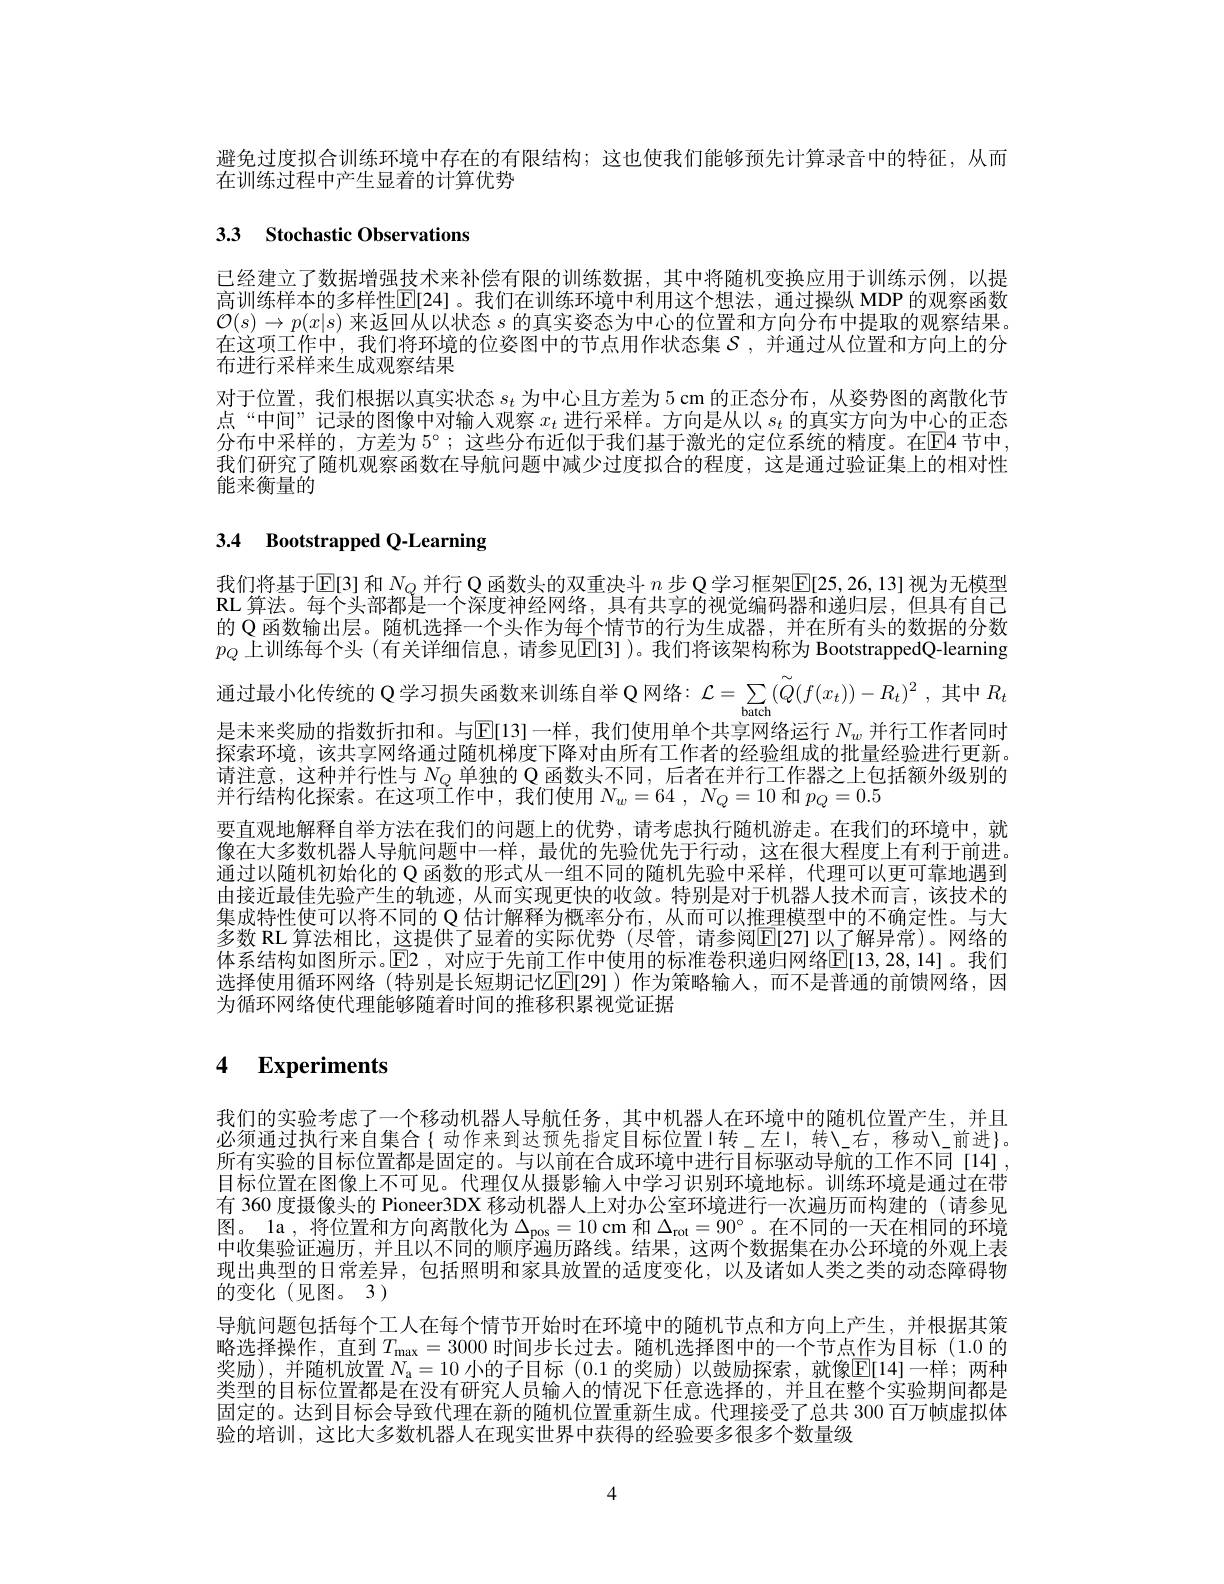
避免过度拟合训练环境中存在的有限结构；这也使我们能够预先计算录音中的特征，从而
在训练过程中产生显着的计算优势

# 3.3 Stochastic Observations

已经建立了数据增强技术来补偿有限的训练数据，其中将随机变换应用于训练示例，以提高训练样本的多样性$\mathbb{E}[24]$。我们在训练环境中利用这个想法，通过操纵 MDP 的观察函数$\mathcal{O}(s)\to p(x|s)$来返回从以状态$s$的真实姿态为中心的位置和方向分布中提取的观察结果。在这项工作中，我们将环境的位姿图中的节点用作状态集$\mathcal{S}$ ,并通过从位置和方向上的分布进行采样来生成观察结果
对于位置，我们根据以真实状态$s_t$为中心且方差为 5 cm 的正态分布，从姿势图的离散化节点“中间”记录的图像中对输人观察$x_t$进行采样。方向是从以$s_t$的真实方向为中心的正态分布中采样的，方差为 $5^\circ;$ 这些分布近似于我们基于激光的定位系统的精度。在$\overline{\mathrm{E}}$4 节中， 我们研究了随机观察函数在导航问题中减少过度拟合的程度，这是通过验证集上的相对性能来衡量的

# 3.4 Bootstrapped Q-Learning

我们将基于$\overline{\mathrm{E}}[3]$和$N_Q$并行 Q 函数头的双重决斗$n$步 Q 学习框架$\overline{\mathrm{E}}[25,26,13]$视为无模型RL 算法。每个头部都是一个深度神经网络，具有共享的视觉编码器和递归层，但具有自己的 Q 函数输出层。随机选择一个头作为每个情节的行为生成器，并在所有头的数据的分数$p_Q$ 上训练每个头 (有关详细信息，请参见$\mathbb{E}[3]$ )。我们将该架构称为 BootstrappedQ-learning 通过最小化传统的 Q学习损失函数来训练自举$\mathcal{Q}$网络：$\mathcal{L} = \sum _\text{balch}( \tilde{Q} ( f( x_t) ) - R_t) ^2$,其中$R_t$ 是未来奖励的指数折扣和。与$\overline{\mathbb{E}}[13]$一样，我们使用单个共享网络运行 $N_w$ 并行工作者同时探索环境，该共享网络通过随机梯度下降对由所有工作者的经验组成的批量经验进行更新。请注意，这种并行性与$N_Q$单独的 Q 函数头不同，后者在并行工作器之上包括额外级别的并行结构化探索。在这项工作中，我们使用$N_w=64,N_Q=10$ 和$p_Q=0.5$
要直观地解释自举方法在我们的问题上的优势，请考虑执行随机游走。在我们的环境中，就像在大多数机器人导航问题中一样，最优的先验优先于行动，这在很大程度上有利于前进。通过以随机初始化的 Q 函数的形式从一组不同的随机先验中采样，代理可以更可靠地遇到由接近最佳先验产生的轨迹，从而实现更快的收敛。特别是对于机器人技术而言，该技术的集成特性使可以将不同的 Q 估计解释为概率分布，从而可以推理模型中的不确定性。与大多数 RL 算法相比，这提供了显着的实际优势 (尽管，请参阅[E[27]以了解异常)。网络的体系结构如图所示。$\mathbb{E}$2,对应于先前工作中使用的标准卷积递归网络$\mathbb{E}[13,28,14]$。我们选择使用循环网络(特别是长短期记忆$\underline{\mathrm{E}}[29]$)作为策略输人，而不是普通的前馈网络，因为循环网络使代理能够随着时间的推移积累视觉证据

# 4 $\textbf{Experiments}$

我们的实验考虑了一个移动机器人导航任务，其中机器人在环境中的随机位置产生，并且必须通过执行来自集合{ 动作来到达预先指定目标位置I转\_左I，转\c{c}右，移动\c{c}前进}。所有实验的目标位置都是固定的。与以前在合成环境中进行目标驱动导航的工作不同[14], 目标位置在图像上不可见。代理仅从摄影输人中学习识别环境地标。训练环境是通过在带有 360 度摄像头的 Pioneer3DX 移动机器人上对办公室环境进行一次遍历而构建的 (请参见图。la ,将位置和方向离散化为$\Delta_{\mathrm{pos}}=10$ cm 和$\Delta_{\mathrm{rot}}=90^{\circ}$ 。在不同的一天在相同的环境中收集验证遍历，并且以不同的顺序遍历路线。结果，这两个数据集在办公环境的外观上表现出典型的日常差异，包括照明和家具放置的适度变化，以及诸如人类之类的动态障碍物的变化(见图。3)
导航问题包括每个工人在每个情节开始时在环境中的随机节点和方向上产生，并根据其策略 选 择 操 作 , 直 到 $T_{\max }= 3000$ 时 间 步 长 过 去 。随 机 选 择 图 中 的 一 个 节 点 作 为 目 标 ( 1. 0 的 奖 励 ) , 并 随 机 放 置 $N_{\mathrm{a} }= 10$ 小 的 子 目 标 (0.1 的 奖 励 ) 以 鼓 励 探 索 , 就 像 $\mathbb{E} [ 14]$一 样 ; 两 种类型的目标位置都是在没有研究人员输入的情况下任意选择的，并且在整个实验期间都是固定的。达到目标会导致代理在新的随机位置重新生成。代理接受了总共 300 百万帧虚拟体验的培训，这比大多数机器人在现实世界中获得的经验要多很多个数量级

4